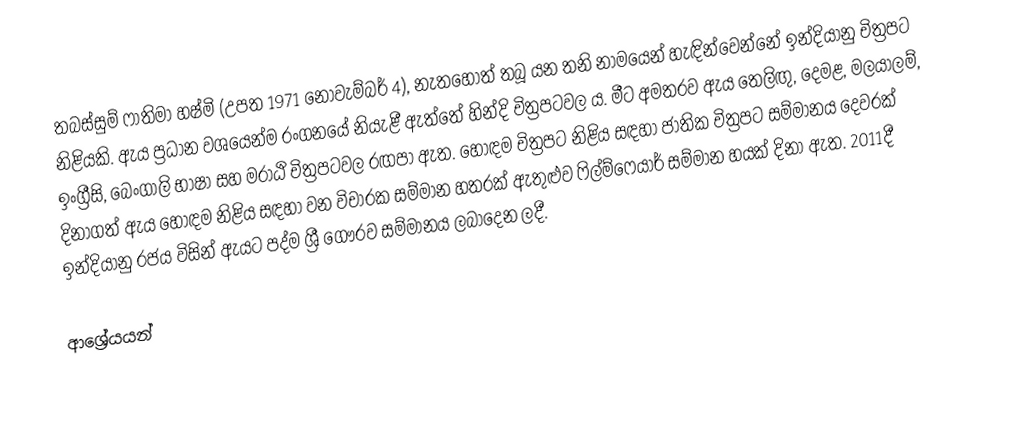
තබස්සුම් ෆාතිමා හෂ්මි (උපත 1971 නොවැම්බර් 4), නැතහොත් තබූ යන තනි නාමයෙන් හැඳින්වෙන්නේ ඉන්දියානු චිත්‍රපට නිළියකි. ඇය ප්‍රධාන වශයෙන්ම රංගනයේ නියැළී ඇත්තේ හින්දි චිත්‍රපටවල ය. මීට අමතරව ඇය තෙලිඟු, දෙමළ, මලයාලම්, ඉංග්‍රීසි, බෙංගාලි භාෂා සහ මරාඨි චිත්‍රපටවල රඟපා ඇත. හොඳම චිත්‍රපට නිළිය සඳහා ජාතික චිත්‍රපට සම්මානය දෙවරක් දිනාගත් ඇය  හොඳම නිළිය සඳහා වන විචාරක සම්මාන හතරක් ඇතුළුව ෆිල්ම්ෆෙයාර් සම්මාන හයක් දිනා ඇත. 2011දී ඉන්දියානු රජය විසින් ඇයට පද්ම ශ්‍රී ගෞරව සම්මානය ලබාදෙන ලදී.

ආශ්‍රේයයන්